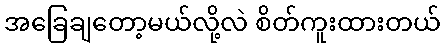
အခြေချတော့မယ်လို့လဲ စိတ်ကူးထားတယ်